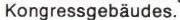
Kongressgebäudes.